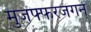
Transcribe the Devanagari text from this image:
मुजफ्फरजंगने